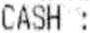
CASH :